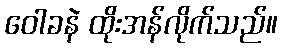
ဝေါခနဲ ထိုးအန်လိုက်သည်။